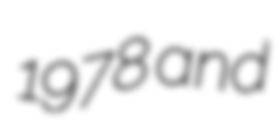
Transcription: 1978 and